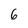
Character: 6